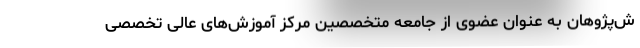
ش‌پژوهان به عنوان عضوی از جامعه متخصصین مرکز آموزش‌های عالی تخصصی